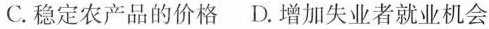
C.稳定农产品的价格D.增加失业者就业机会